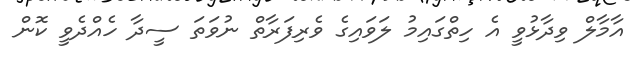
އާމާލް ވިދާޅުވީ އެ ހިތްގައިމު ލަވައިގެ ވެރިފަރާތް ނުވަތަ ސީދާ ހެއްދެވީ ކޮން